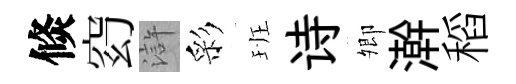
倐𥥆滸彩班诗𡖖澣稻